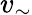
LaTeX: v_{\sim}